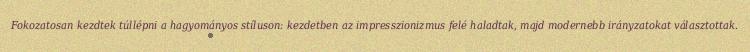
Fokozatosan kezdtek túllépni a hagyományos stíluson: kezdetben az impresszionizmus felé haladtak, majd modernebb irányzatokat választottak.